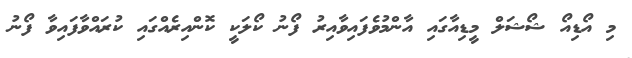
މި އޯޑިއޯ ޝޯޝަލް މީޑިއާގައި އާންމުވެފައިވާއިރު ފޯނު ކޯލަކީ ކޮންއިރެއްގައި ކުރައްވާފައިވާ ފޯނު